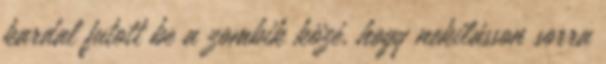
kardal futott be a zombik közé, hogy nekilásson sorra